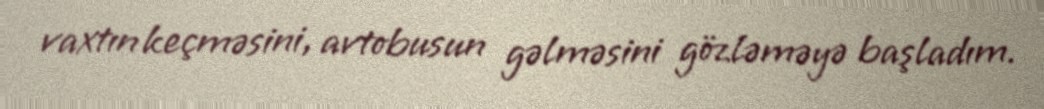
vaxtın keçməsini, avtobusun gəlməsini gözləməyə başladım.